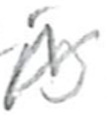
Text: is
Cross-out: zig-zag
Writing tool: pencil